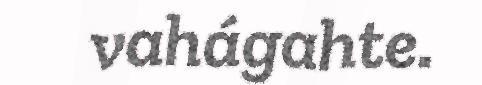
vahágahte.